General report no. 6 on the lunatic asylums, vaccination and dispensaries in the Bengal Presidency, 1873 -
Year: 1873
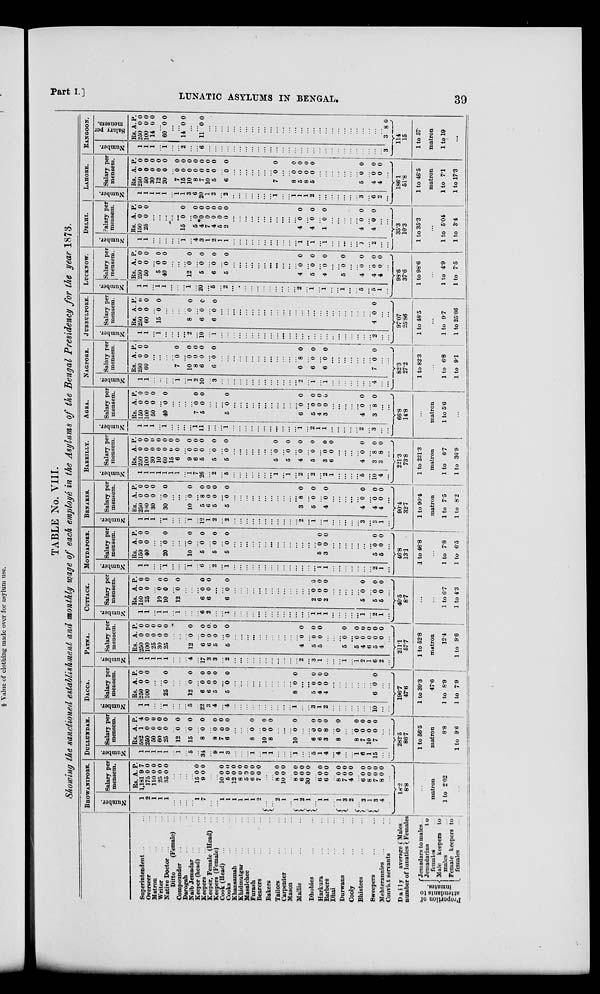
Part I.
]
LUNATIC ASYLUMS IN BENGAL.
39
TABLE No. VIII.
Showing the sanctioned establishment and monthly wage of each employe in the Asylums of the Bengal Presidency for the year 1873.
Superintendent ... ...
Overseer ... ...
Matron ... ...
Writer ... ...
Native Doctor ... ...
Ditto
(Female) ...
Compounder ... ...
Darogah ... ...
Naib Jemadar ... ...
Keeper (head) ... ...
Keepers ... ...
Keeper, Female (Head) ...
Keepers (Female) ...
Cook (Head)
... ...
Cooks ... ...
Khansamah ... ...
Khidmutgar ... ...
Masalchee ... ...
Furash ... ...
Bearers ... ...
Bakers ... ...
Tailors ... ...
Carpenter ... ...
Mason ... ...
Mallie ... ...
Dhobies ... ...
Harkura
...
...
Barbers ... ...
Dhai
...
...
Durwans
...
...
Cooly
...
...
Bhistees
...
...
Sweepers ... ...
Mehterannies ... ...
Convict servants ... ...
Daily
average
number of lunatics
Proportion of
attendants to
inmates.
Males ...
Females
Jemadars to males ...
Jemadarins
to
females
...
Male keepers to
males ...
Female keepers to
females ...
BHOWANIPORE.
Number.
1
2
1
1
1
...
...
...
...
1
7
...
...
1
1
1
1
1
1
2
...
... 2
1
...
1
2
1
... 1
1
...
1
3 2
...
3
1
3
4
...
Salary per
mensem.
Rs.
1,181
175
110
25
35
A.
9
0
0
0
0
P.
7
0
0
0
0
...
...
...
...
15
9
0
0
0
0
...
...
10
5
12
8
5
6
7
0
0
0
0
0
0
0
0
0
0
0
0
0
0
...
...
8
10
0
0
0
0
...
8
6
30
0
0
0
0
0
0
...
6
6
0
0
0
0
...
8
7
4
0
0
0
0
0
0
...
6
8
7
8
0
0
0
0
0
0
0
0
...
18.2
8.8
...
matron
1 to 2.02
...
DULLUNDAH.
Number.
1
1
1
1
1
...
1
...
5
...
34
...
9
1
3
...
...
...
1
...
1
1
...
...
...
1
...
...
5
1
4
...
4
...
...
1
6
1
15
...
...
Salary per
mensem.
Rs.
582
250
50
60
25
A.
1
0
0
0
0
P.
4
0
0
0
0
...
12 0 0
...
15 0 0
...
8 0 0
...
8
7
6
0
0
0
0
0
0
...
...
...
8 0 0
...
10
8
0
0
0
0
...
...
...
10 0 0
...
...
6
6
3
0
0
8
0
0
0
...
8 0 0
...
...
8
7
10
7
0
0
0
0
0
0
0
0
...
...
282.5
86.7
1 to 56.5
matron
8.8
1 to 9.6
DACCA.
Number.
1
1
...
...
1
...
...
...
5
...
22
3
4
...
4
...
...
...
...
...
...
...
...
...
...
1
...
...
3
1
2
...
...
...
...
...
...
...
10
...
...
Salary per
mensem.
Rs.
250
100
A.
0
0
P.
0
0
...
...
25 0 0
...
...
...
12 0 0
...
6
6
5
0
0
0
0
0
0
...
5 0 0
...
...
...
...
...
...
...
...
...
...
8 0 0
...
...
5
4
4
0
0
0
0
0
0
...
...
...
...
...
...
...
6 0 0
...
...
196.7
47.6
1 to 39.3
47.6
1 to 8.9
1 to 7.9
PATNA.
Number.
1
1
1
1
1
...
...
...
4
...
17
3
3
...
2
...
...
...
...
...
...
...
...
...
...
...
2
...
3
1
...
...
...
1
...
1
2
1
6
2
...
Salary per
mensem.
Rs.
250
100
25
30
25
A.
0
0
0
0
0
P.
0
0
0
0
0
...
...
...
12 0 0
...
6
6
5
0 0
0
0
0
0
...
5 0 0
...
...
...
...
...
...
...
...
...
...
...
4 0 0
...
5
5
0
0
0
0
...
...
...
5 0 0
...
5
4
6
5
4
0
0
0
0
0
0
0
0
0
0
...
211.1
57.7
1 to 52.8
matron
12.4
1 to 9.6
CUTTACK.
Number.
1
1
...
1
1
...
1
...
...
...
6
2
...
...
1
...
...
...
...
...
...
...
...
...
...
...
...
...
1
1
1
...
...
...
...
...
1
...
2
1
...
Salary per
mensem.
Rs.
150
25
A.
0
0
P.
0
0
...
10
10
0
0
0
0
...
12 0 0
...
...
...
6
6
0
0
0
0
...
...
6 0 0
...
...
...
...
...
...
...
...
...
...
...
...
...
2
6
2
0
0
0
0
0
0
...
...
...
...
...
5 0 0
...
5
5
0
0
0
0
...
40.5
8.7
...
...
1 to 6.7
1 to 4.3
MOYDAPORE.
Number.
1
1
...
...
1
...
...
...
1
...
6
...
2
...
1
...
...
...
...
...
...
...
...
...
...
...
...
...
...
1
1
...
...
...
...
...
...
...
2
1
...
Salary per
mensem.
Rs.
150
40
A.
0
0
P.
0
0
...
...
20 0 0
...
...
...
10 0 0
...
5 0 0
...
5 0 0
...
5 0 0
...
...
...
...
...
...
...
...
...
...
...
...
...
...
5
3
0
0
0
0
...
...
...
...
...
...
...
5
5
0
0
0
0
...
46.8
13.1
1 to 46.8
...
1 to 7.8
1 to 6.5
BENARES.
Number.
1
1
1
...
1
...
...
...
1
...
12 1
2
...
2
...
...
...
...
...
...
...
...
...
...
...
2
...
1
...
1
...
...
...
...
...
3
...
3
1
...
Salary per
mensem.
Rs.
250
100
30
A.
0
0
0
P.
0
0
0
...
30 0 0
...
...
...
10 0 0
...
5
6
5
8
0
0
0
0
0
...
5 0 0
...
...
...
...
...
...
...
...
...
...
...
3 8 0
...
5 0 0
...
4 0 0
...
...
...
...
...
4 0 0
...
4
4
0
0
0
0
...
90.4
32.7
1 to 90.4
matron
1 to 7.5
1 to 8.2
BAREILLY.
Number.
1
1
1
1
1
1
1
...
1
7
26
...
2
...
5
...
...
...
...
...
...
...
1
...
1
...
2
...
2
...
2
1
...
...
...
...
5
...
10
4
...
Salary per
mensem.
Rs.
250
100
30
10
60
15
6
A.
0
0
0
0
0
0
0
P.
0
0
0
0
0
0
0
...
9
6
5
0
0
0
0
0
0
...
5 0 0
...
5 0 0
...
...
...
...
...
...
...
5 0 0
...
5 0 0
...
4 0 0
...
5 0 0
...
3
6
0
0
0
0
...
...
...
...
4 0 0
...
3
3
8
8
0
0
...
221.3
73.8
1 to 221.3
matron
1 to 6.7
1 to 36.9
AGRA.
Number.
1
1
1
...
1
...
...
...
...
1
11
...
...
...
1
...
...
...
...
...
...
...
...
...
...
...
1
...
2
1
1
...
...
...
...
...
2
...
3
...
...
Salary per
mensem.
Rs.
150
100
50
A.
0
0
0
P.
0
0
0
...
40 0 0
...
...
...
...
7
5
0
0
0
0
...
...
...
5 0 0
...
...
...
...
...
...
...
...
...
...
...
6 0 0
...
5
4
3
0
0
0
0
0
0
...
...
...
...
...
4 0 0
...
3 8 0
...
...
66.8
14.8
...
matron
1 to 5.6
...
NAGPORE.
Number.
1
1
...
...
...
...
1
...
1 2
10
...
3
...
...
...
...
...
...
...
...
...
...
...
...
...
2
...
1
...
1
...
...
...
...
...
...
...
4
...
...
Salary per
mensem.
Rs.
250
60
A.
0
0
P.
0
0
...
...
...
...
7 0 0
...
10
8
6
0
0
0
0
0
0
...
6 0 0
...
...
...
...
...
...
...
...
...
...
...
...
...
6 8 0
...
6 0 0
...
6 0 0
...
...
...
...
...
...
...
7 0 0
...
...
82.3
27.2
1 to 82.3
...
1 to 6.8
1 to 9.1
JUBBULPORE.
Number.
1
1
...
1
...
...
...
... 2
...
10
...
1
...
...
...
...
...
...
...
...
...
...
...
...
...
...
...
...
...
...
...
...
...
...
...
...
...
2
...
...
Salary per
mensem.
Rs.
250
60
A.
0
0
P.
0
0
...
15 0 0
...
...
...
...
8 0 0
6 0 0
...
6 0 0
...
...
...
...
...
...
...
...
...
...
...
...
...
...
...
...
...
...
...
...
...
...
...
...
...
4 0 0
...
...
97.07
25.86
1 to 48.5
...
1 to 9.7
1 to 25.86
LUCKNOW.
Number.
1
1
...
1
1
...
...
...
1
...
20
...
5
...
2
...
...
...
...
...
...
...
...
...
...
...
2
...
1
...
1
...
...
1
...
...
5
...
5
1
...
Salary per
mensem.
Rs.
250
50
A.
0
0
P.
0
0
...
5
40
0
0
0
0
...
...
...
12 0 0
...
5 0 0
...
6 0 0
...
5 0 0
...
...
...
...
...
...
...
...
...
...
...
4 0 0
...
5 0 0
...
4 0 0
...
...
5 0 0
...
...
4 0 0
...
4
4
0
0
0
0
...
98.6
37.6
1 to 98.6
...
1 to 4.9
1 to 7.5
DELHI.
Number.
1
1
...
...
...
...
...
1
...
4
3
1
2
1
1
...
...
...
...
...
...
...
...
...
...
...
1
...
1
...
1
...
...
...
...
...
1
...
2
...
...
Salary per
mensem.
Rs.
150
25
A.
0
0
P.
0
0
...
...
...
...
...
15 0 0
...
5
4
7
4
5
2
0
0
0
0
0
0
0
0
0
0
0
0
...
...
...
...
...
...
...
...
...
...
...
4 0 0
...
4 0 0
...
1 0 0
...
...
...
...
...
4 0 0
...
4 0 0
...
...
35.3
10.3
1 to 35.3
...
1 to 5.04
1 to 3.4
LAHORE.
Number.
1
1
1
1
1
...
1
1
3
6
20
1
2
...
2
...
...
...
...
...
...
...
1
...
...
1 1
1
2
...
...
...
...
...
...
...
3
...
6
2
...
Salary per
mensem.
Rs.
250
50
30
12
20
A.
0
0
0
0
0
P.
0
0
0
0
0
...
7
15
10
8
7
10
5
0
0
0
0
0
0
0
0
0
0
0
0
0
0
...
6 0 0
...
...
...
...
...
...
...
7 0 0
...
...
8
5
8
5
0
0
0
0
0
0
0
0
...
...
...
...
...
...
...
5 0 0
...
4
4
0
0
0
0
...
186.1
51.8
1 to 46.5
matron
1 to 7.1
1 to 17.3
RANGOON.
Number.
1
1
1
...
1
...
...
2
...
...
6
...
...
...
...
...
...
...
...
...
...
...
...
...
...
...
...
...
...
...
...
...
...
...
...
...
...
...
...
...
3
Salary per
mensem.
Rs.
250
100
14
A.
0
0
0
P.
0
0
0
...
60 0 0
...
...
14 0 0
...
...
11 0 0
...
...
...
...
...
...
...
...
...
...
...
...
...
...
...
...
...
...
...
...
...
...
...
...
...
...
...
...
...
3 8 0
114
15
1 to 57
matron
1 to 19
...